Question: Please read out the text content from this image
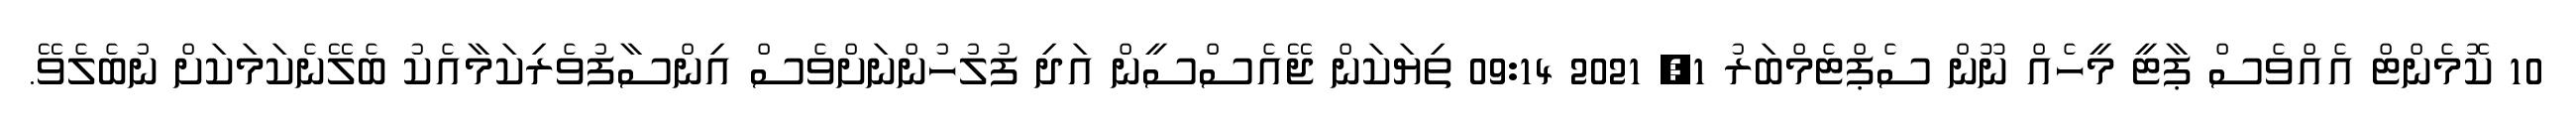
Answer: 10 ކޮމެންޓް އެއްވެސް ޕާޓީ މީހެއް ނޫން ސެޕްޓެމްބަރު 1, 2021 09:14 ތިޔަކަން ޖޭއެސްސީން އަދި ފުލުހުންނަށްވެސް އިންސާފުވެރިކަމާއެކު ބެލޭނެކަމަކަށް ނުބެލެވޭ.